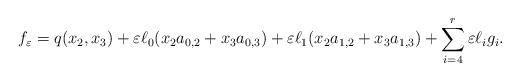
LaTeX: \begin{align*} f_{\varepsilon} = q(x_{2},x_{3}) + \varepsilon \ell_{0}(x_{2}a_{0,2} + x_{3}a_{0,3}) + \varepsilon \ell_{1}(x_{2}a_{1,2} + x_{3}a_{1,3}) + \sum_{i = 4}^{r}\varepsilon \ell_{i} g_{i}.\end{align*}